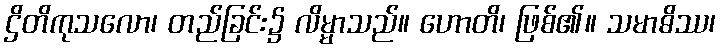
ဌိတိကုသလော၊ တည်ခြင်း၌ လိမ္မာသည်။ ဟောတိ၊ ဖြစ်၏။ သမာဓိဿ၊